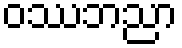
ဝဿဘညာ